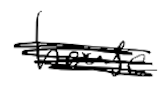
Text: house
Cross-out: scratch
Writing tool: digital_black